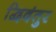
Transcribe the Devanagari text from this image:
द्विदंतुर